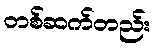
တစ်ဆက်တည်း